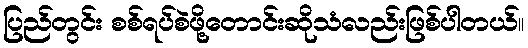
ပြည်တွင်း စစ်ရပ်စဲဖို့တောင်းဆိုသံလည်းဖြစ်ပါတယ်။